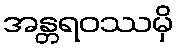
အန္တရဝဿမှိ